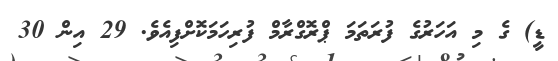
ޑީ) ގެ މި އަހަރުގެ ފުރަތަމަ ޕްރޮގްރާމް ފުރިހަމަކޮށްފިއެވެ. 29 އިން 30